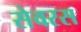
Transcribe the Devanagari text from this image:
सेवरस